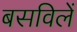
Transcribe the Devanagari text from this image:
बसविलें